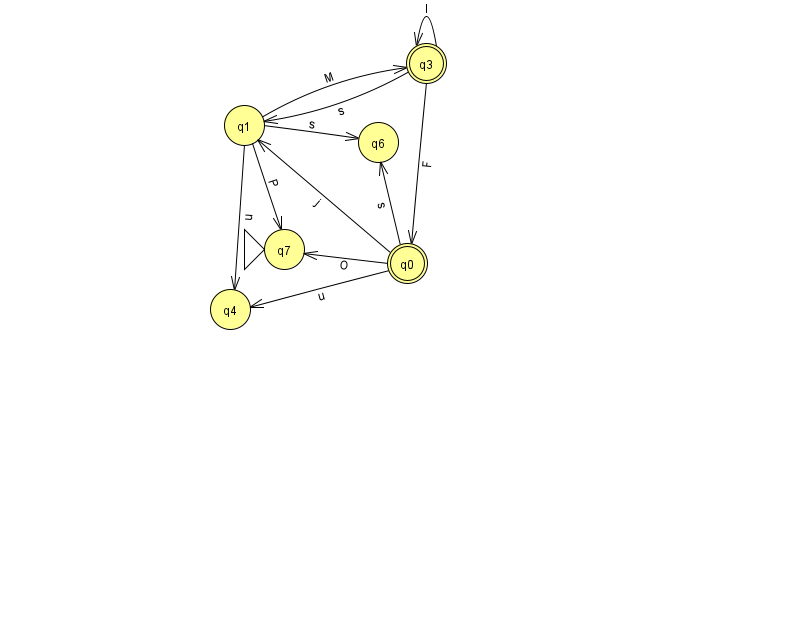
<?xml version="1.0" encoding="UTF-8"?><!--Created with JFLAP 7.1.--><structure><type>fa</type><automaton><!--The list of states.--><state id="0" name="q0"><x>407.0</x><y>250.0</y><final/></state><state id="1" name="q1"><x>244.0</x><y>112.0</y></state><state id="3" name="q3"><x>426.0</x><y>50.0</y><final/></state><state id="4" name="q4"><x>230.0</x><y>296.0</y></state><state id="6" name="q6"><x>378.0</x><y>129.0</y></state><state id="7" name="q7"><x>284.0</x><y>236.0</y><initial/></state><!--The list of transitions.--><transition><from>1</from><to>3</to><read>M</read></transition><transition><from>0</from><to>7</to><read>O</read></transition><transition><from>0</from><to>6</to><read>s</read></transition><transition><from>1</from><to>6</to><read>s</read></transition><transition><from>3</from><to>0</to><read>F</read></transition><transition><from>3</from><to>3</to><read>I</read></transition><transition><from>0</from><to>1</to><read>j</read></transition><transition><from>0</from><to>4</to><read>u</read></transition><transition><from>1</from><to>4</to><read>u</read></transition><transition><from>1</from><to>7</to><read>P</read></transition><transition><from>3</from><to>1</to><read>s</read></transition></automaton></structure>